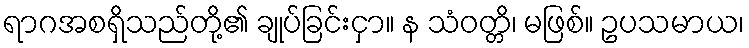
ရာဂအစရှိသည်တို့၏ ချုပ်ခြင်းငှာ။ န သံဝတ္တိ၊ မဖြစ်။ ဥပသမာယ၊